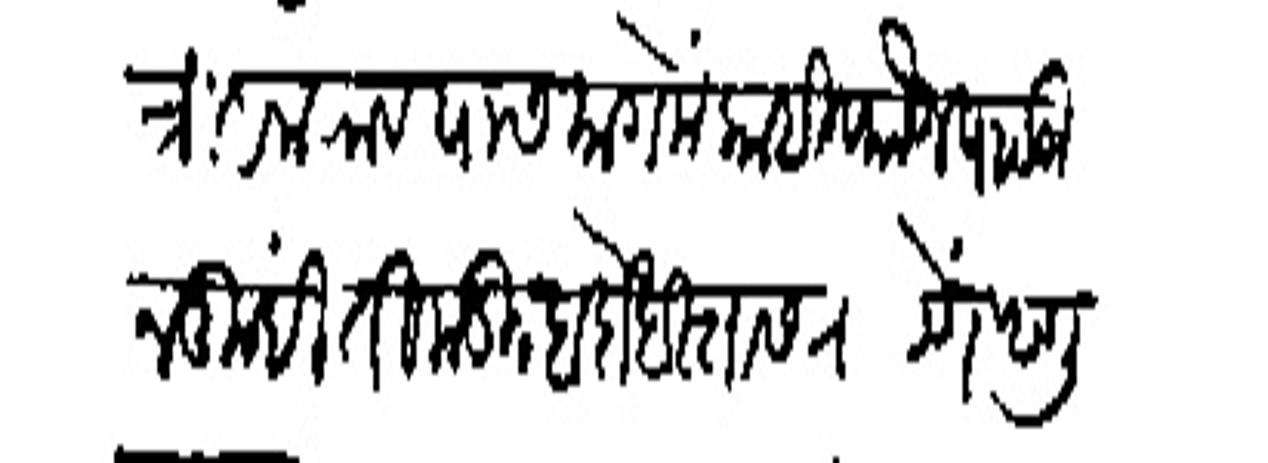
Transliteration (Devanagari): त्रिंबकराव यासमागमे काही फौज पाटऊन तुम्ही तिकडील बंदोबस्तास राहाणे म्हणू